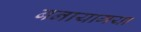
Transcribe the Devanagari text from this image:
बनायागया